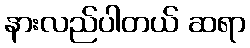
နားလည်ပါတယ် ဆရာ